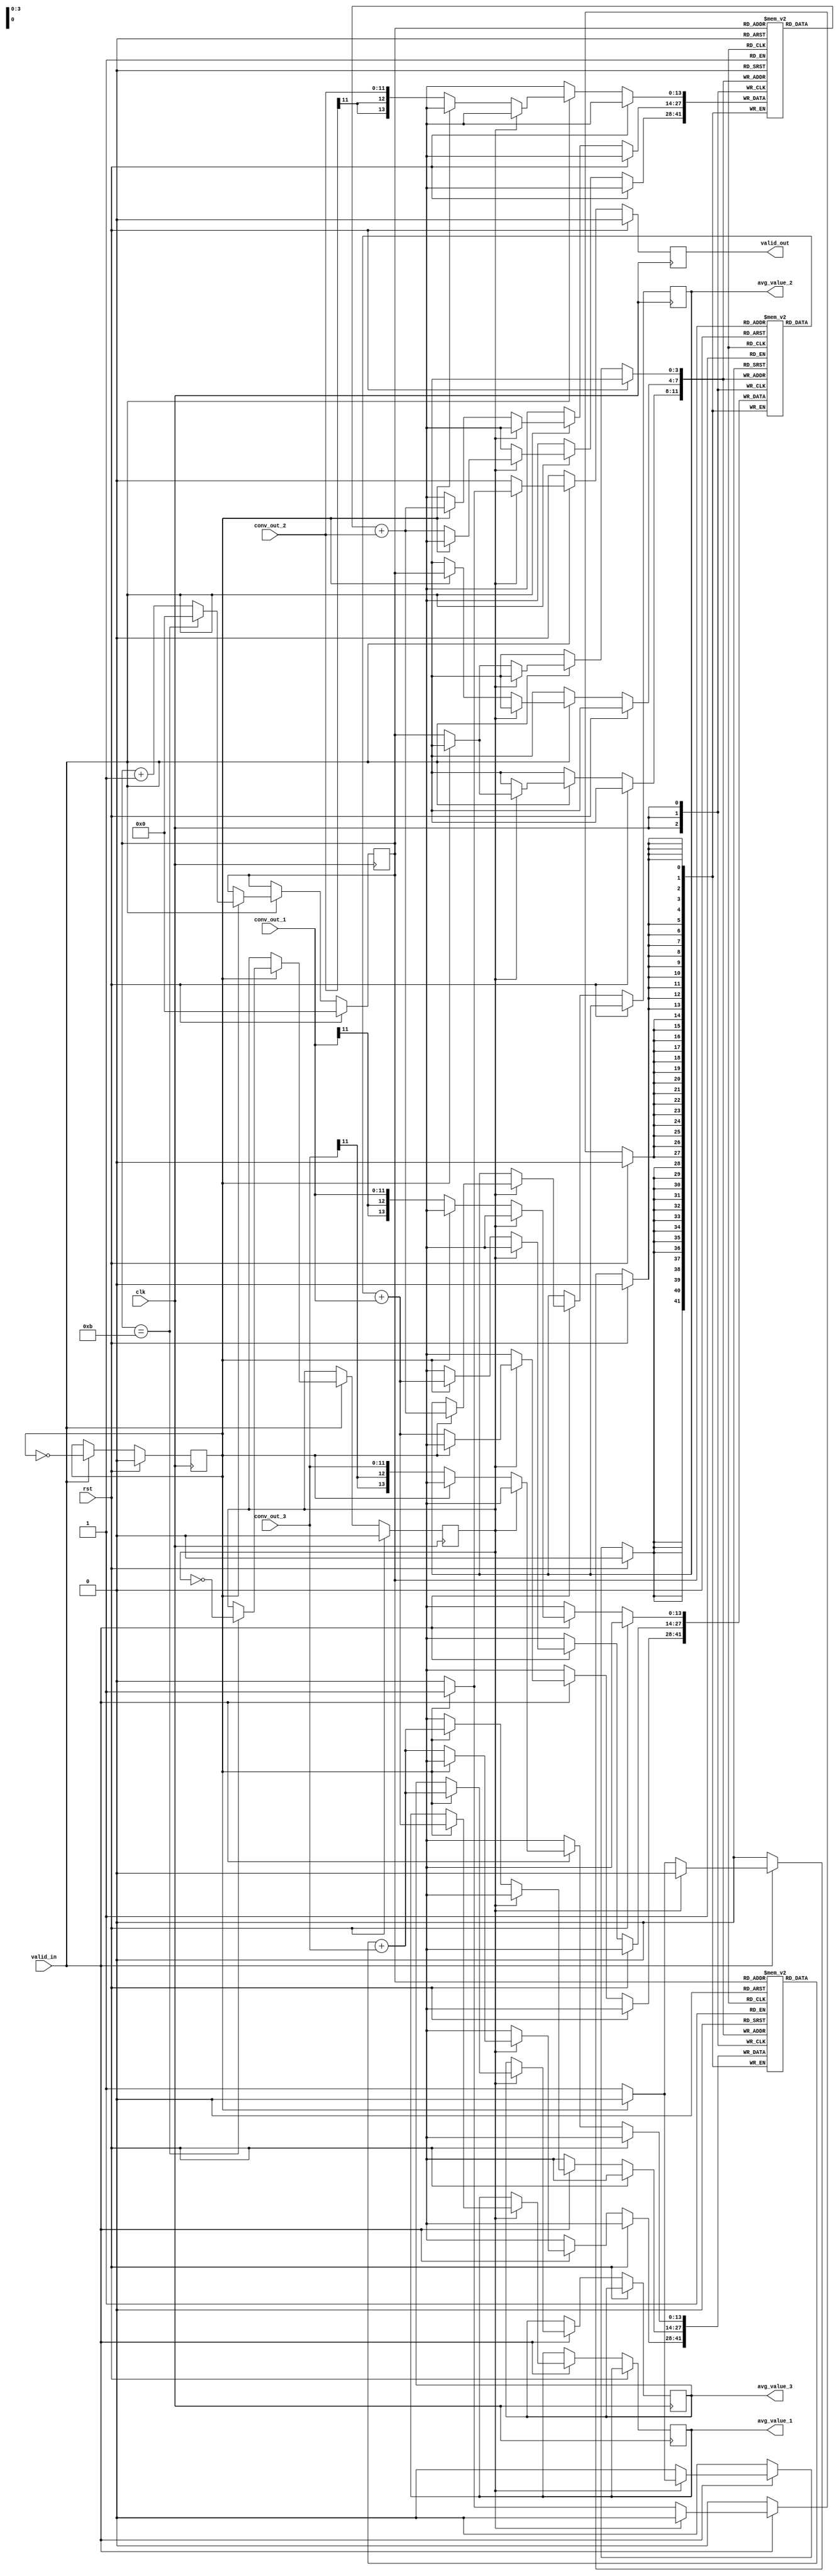
module avg_pool #( parameter CONV_BIT = 12, HALF_WIDTH = 12, HALF_HEIGHT = 12, HALF_WIDTH_BIT = 4 )
(
    clk, rst,
    valid_in,
    conv_out_1, conv_out_2, conv_out_3,
   
    avg_value_1, avg_value_2, avg_value_3,
    valid_out
);

input clk, rst, valid_in; 
input signed [CONV_BIT - 1 : 0] conv_out_1, conv_out_2, conv_out_3;

output reg[CONV_BIT +1 : 0] avg_value_1, avg_value_2, avg_value_3; 
output reg valid_out;

//reg signed [CONV_BIT + 1 : 0] avg_med_1, avg_med_2, avg_med_3;
reg signed [CONV_BIT +1: 0] buffer_1 [0 : HALF_WIDTH - 1]; // Extend bit-width for sum
reg signed [CONV_BIT +1: 0] buffer_2 [0 : HALF_WIDTH - 1];
reg signed [CONV_BIT +1: 0] buffer_3 [0 : HALF_WIDTH - 1];

reg [HALF_WIDTH_BIT - 1 : 0] pcount;
reg state; // 0 : p0,p1 // 1 : p2,p3, out
reg flag; // 0 : input // 1 : Compare, Average

always @ (posedge clk) begin
    if(rst) begin
        state <= 0;
        pcount <= 0;
        valid_out <= 0;
        flag <= 0;
    end
    else begin
        if(valid_in == 1) begin
            flag <= ~flag;
            if(flag == 1) begin
                pcount <= pcount + 1;
                if(pcount == HALF_WIDTH - 1) begin
                    state <= ~state;
                    pcount <= 0;
                end
            end
            
            if(state == 0) begin
                if(flag == 0) begin
                    valid_out <= 0;
                    buffer_1[pcount] <= conv_out_1;
                    buffer_2[pcount] <= conv_out_2;
                    buffer_3[pcount] <= conv_out_3;
                    
                end
                else begin
                    valid_out <= 0;
                    buffer_1[pcount] <= buffer_1[pcount] + conv_out_1;
                    buffer_2[pcount] <= buffer_2[pcount] + conv_out_2;
                    buffer_3[pcount] <= buffer_3[pcount] + conv_out_3;
                end
            end
            else begin
                if(flag == 0) begin
                    valid_out <= 0;
                    buffer_1[pcount] <= buffer_1[pcount] + conv_out_1;
                    buffer_2[pcount] <= buffer_2[pcount] + conv_out_2;
                    buffer_3[pcount] <= buffer_3[pcount] + conv_out_3;
                end
                else begin
                    valid_out <= 1;
                    avg_value_1 <= buffer_1[pcount] + conv_out_1;
                    avg_value_2 <= buffer_2[pcount] + conv_out_2;
                    avg_value_3 <= buffer_3[pcount] + conv_out_3;

                end
            end
        end
        else begin
            valid_out <= 0;
        end
    end
end

endmodule